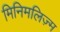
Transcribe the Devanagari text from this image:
मिनिमलिज़्म